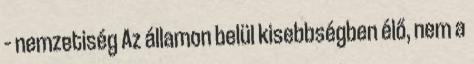
– nemzetiség Az államon belül kisebbségben élő, nem a